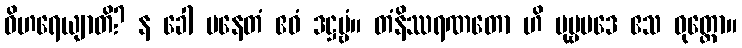
ဝိဟရေယျာတိ? န ခေါ ပနေတံ ဧဝံ ဒဋ္ဌဗ္ဗံ။ တံနိဿရဏတော ဟိ ပုဗ္ဗပဒေ ဧသ ဝုတ္တော။